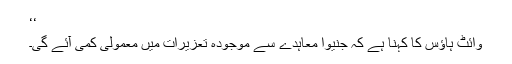
‘‘
وائٹ ہاؤس کا کہنا ہے کہ جنیوا معاہدے سے موجودہ تعزیرات میں معمولی کمی آئے گی۔